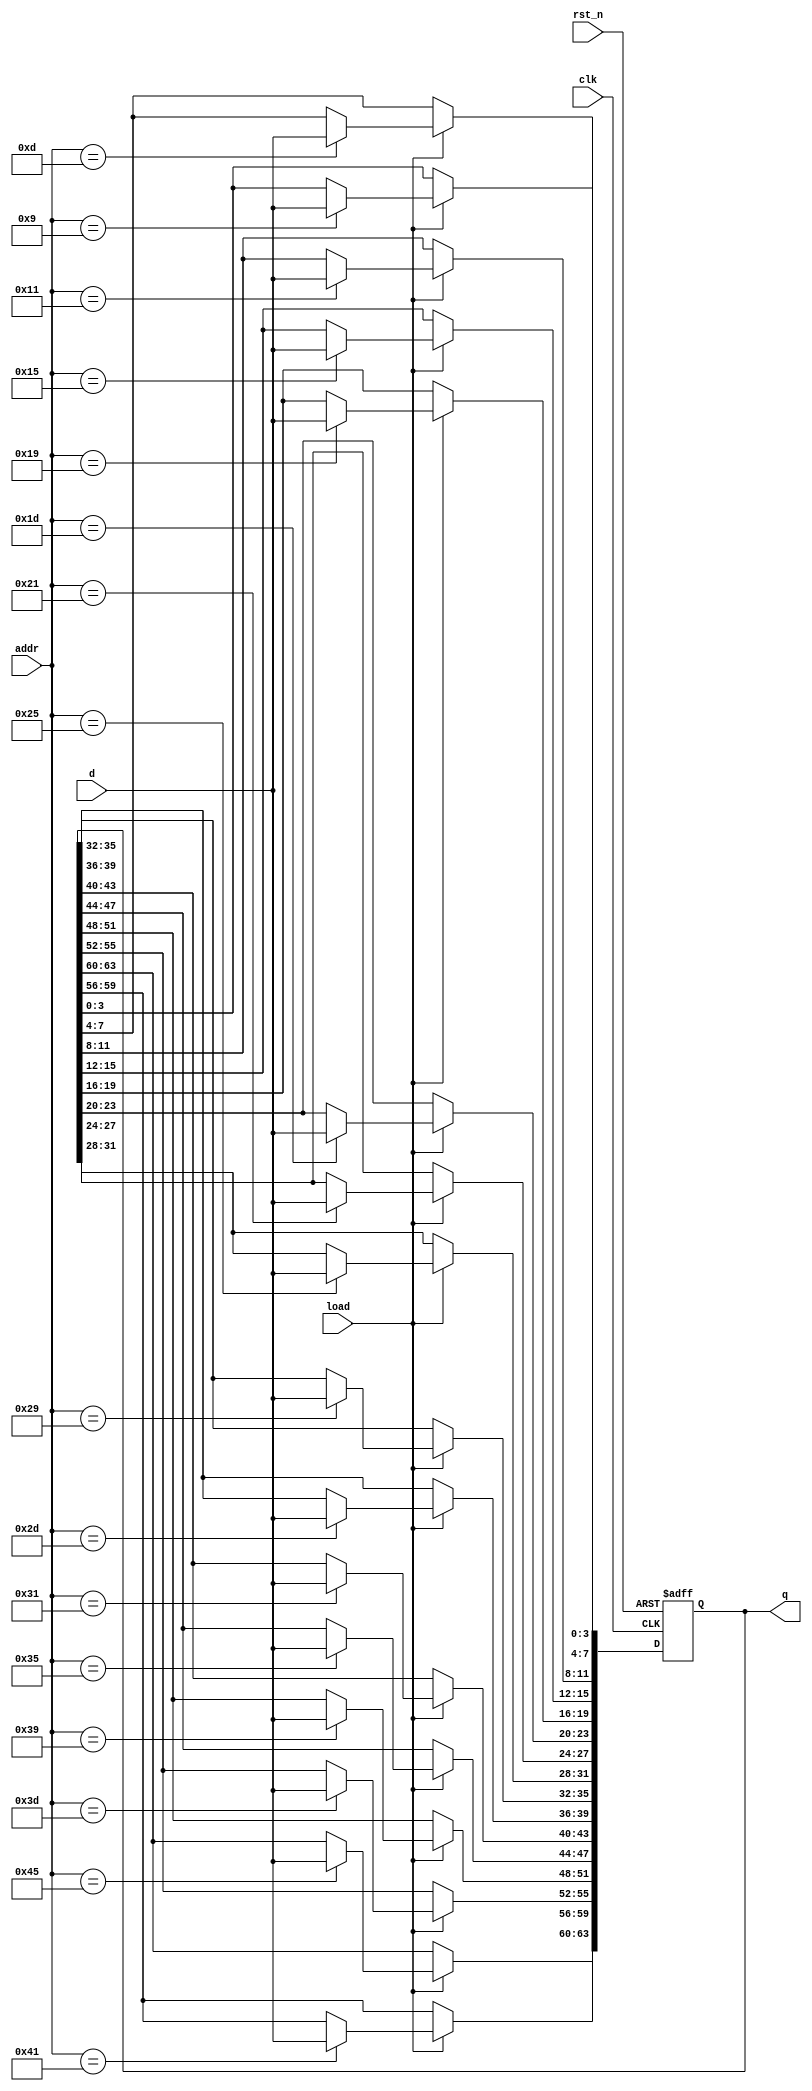
module outreg (clk, rst_n, load, addr, d, q);

  input clk, rst_n, load;
  input [3:0] d;
  input [15:0] addr;
  output [63:0] q;
  reg [63:0] q;

  always @(posedge clk, negedge rst_n)
    if (!rst_n) q <= 0;
    else if (load)
      case (addr)
        16'd69 : q[63:60] <= d;
        16'd65 : q[59:56] <= d;
        16'd61 : q[55:52] <= d;
        16'd57 : q[51:48] <= d;
        16'd53 : q[47:44] <= d;
        16'd49 : q[43:40] <= d;
        16'd45 : q[39:36] <= d;
        16'd41 : q[35:32] <= d;
        16'd37 : q[31:28] <= d;
        16'd33 : q[27:24] <= d;
        16'd29 : q[23:20] <= d;
        16'd25 : q[19:16] <= d;
        16'd21 : q[15:12]  <= d;
        16'd17 : q[11:8]  <= d;
        16'd13 : q[7:4]   <= d;
        16'd9  : q[3:0]   <= d;
        default: q <= q;
      endcase

endmodule